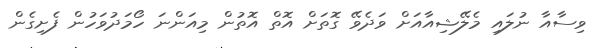
ވިސާއާ ނުލައި މެލޭޝިއާއަށް ވަދެވޭ ގޮތަށް އޮތް އޮތުން މިއަންނަ ހޯމަދުވަހުން ފެށިގެން